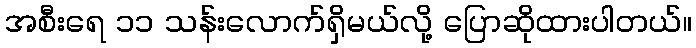
အစီးရေ ၁၁ သန်းလောက်ရှိမယ်လို့ ပြောဆိုထားပါတယ်။